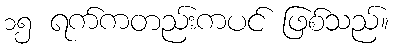
၁၅ ရက်ကတည်းကပင် ဖြစ်သည်။